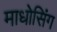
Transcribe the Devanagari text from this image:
माधोसिंग